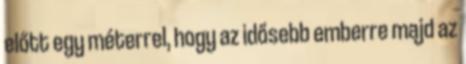
előtt egy méterrel, hogy az idősebb emberre majd az